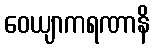
ဝေယျာကရဏာနိ